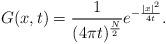
LaTeX: \begin{align*}G(x,t)=\frac{1}{(4\pi t)^{\frac{N}{2}}}e^{-\frac{|x|^{2}}{4t}}.\end{align*}